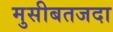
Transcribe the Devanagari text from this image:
मुसीबतजदा